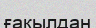
ғақылдан